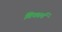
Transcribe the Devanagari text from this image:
विकार्य